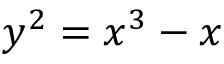
y ^ { 2 } = x ^ { 3 } - x